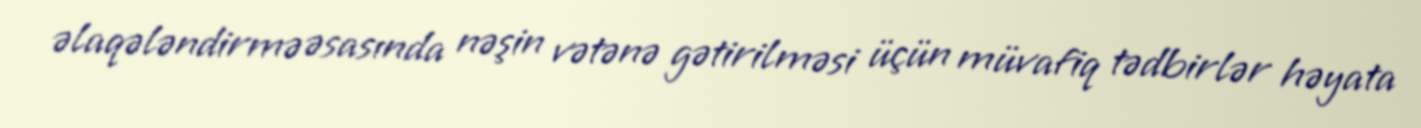
əlaqələndirmə əsasında nəşin vətənə gətirilməsi üçün müvafiq tədbirlər həyata